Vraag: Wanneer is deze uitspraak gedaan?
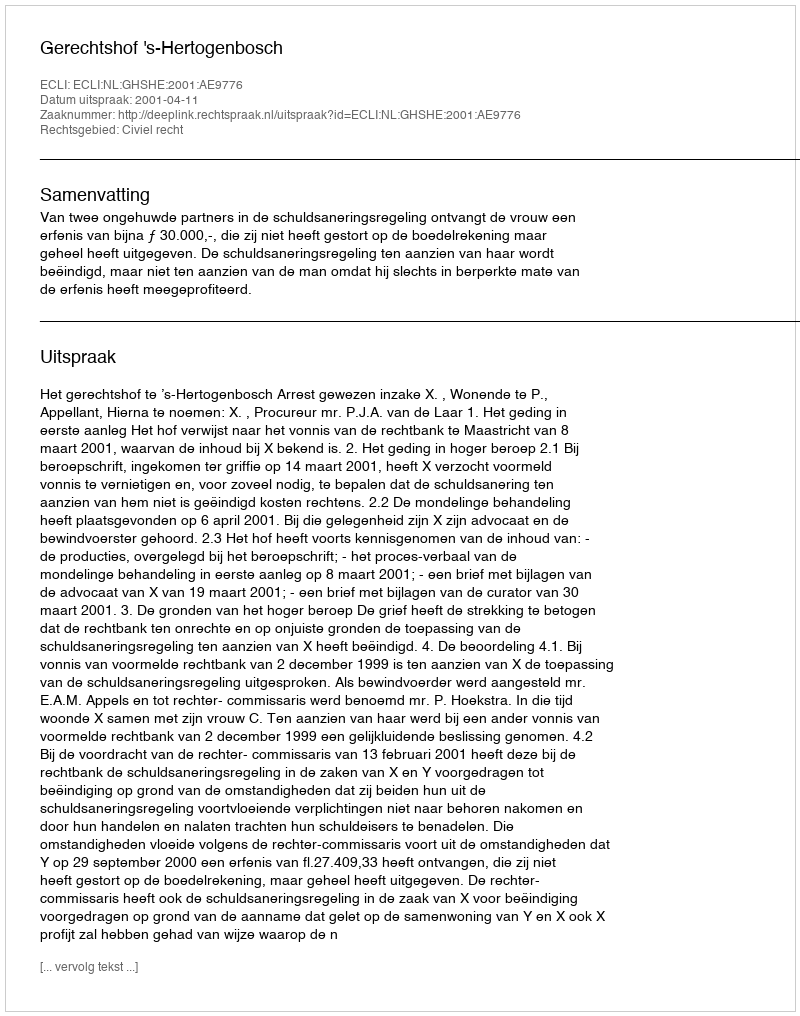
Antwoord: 2001-04-11